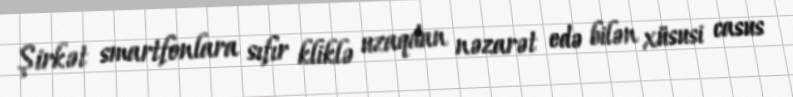
Şirkət smartfonlara sıfır kliklə uzaqdan nəzarət edə bilən xüsusi casus